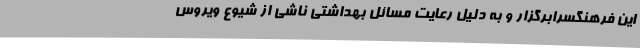
این فرهنگسرابرگزار و به دلیل رعایت مسائل بهداشتی ناشی از شیوع ویروس